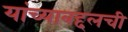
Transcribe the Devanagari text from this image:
यांच्याबद्दलची